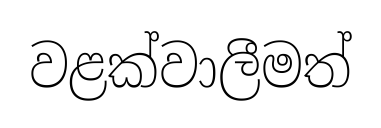
වළක්වාලීමත්